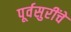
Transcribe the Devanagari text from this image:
पूर्वसुरींचे